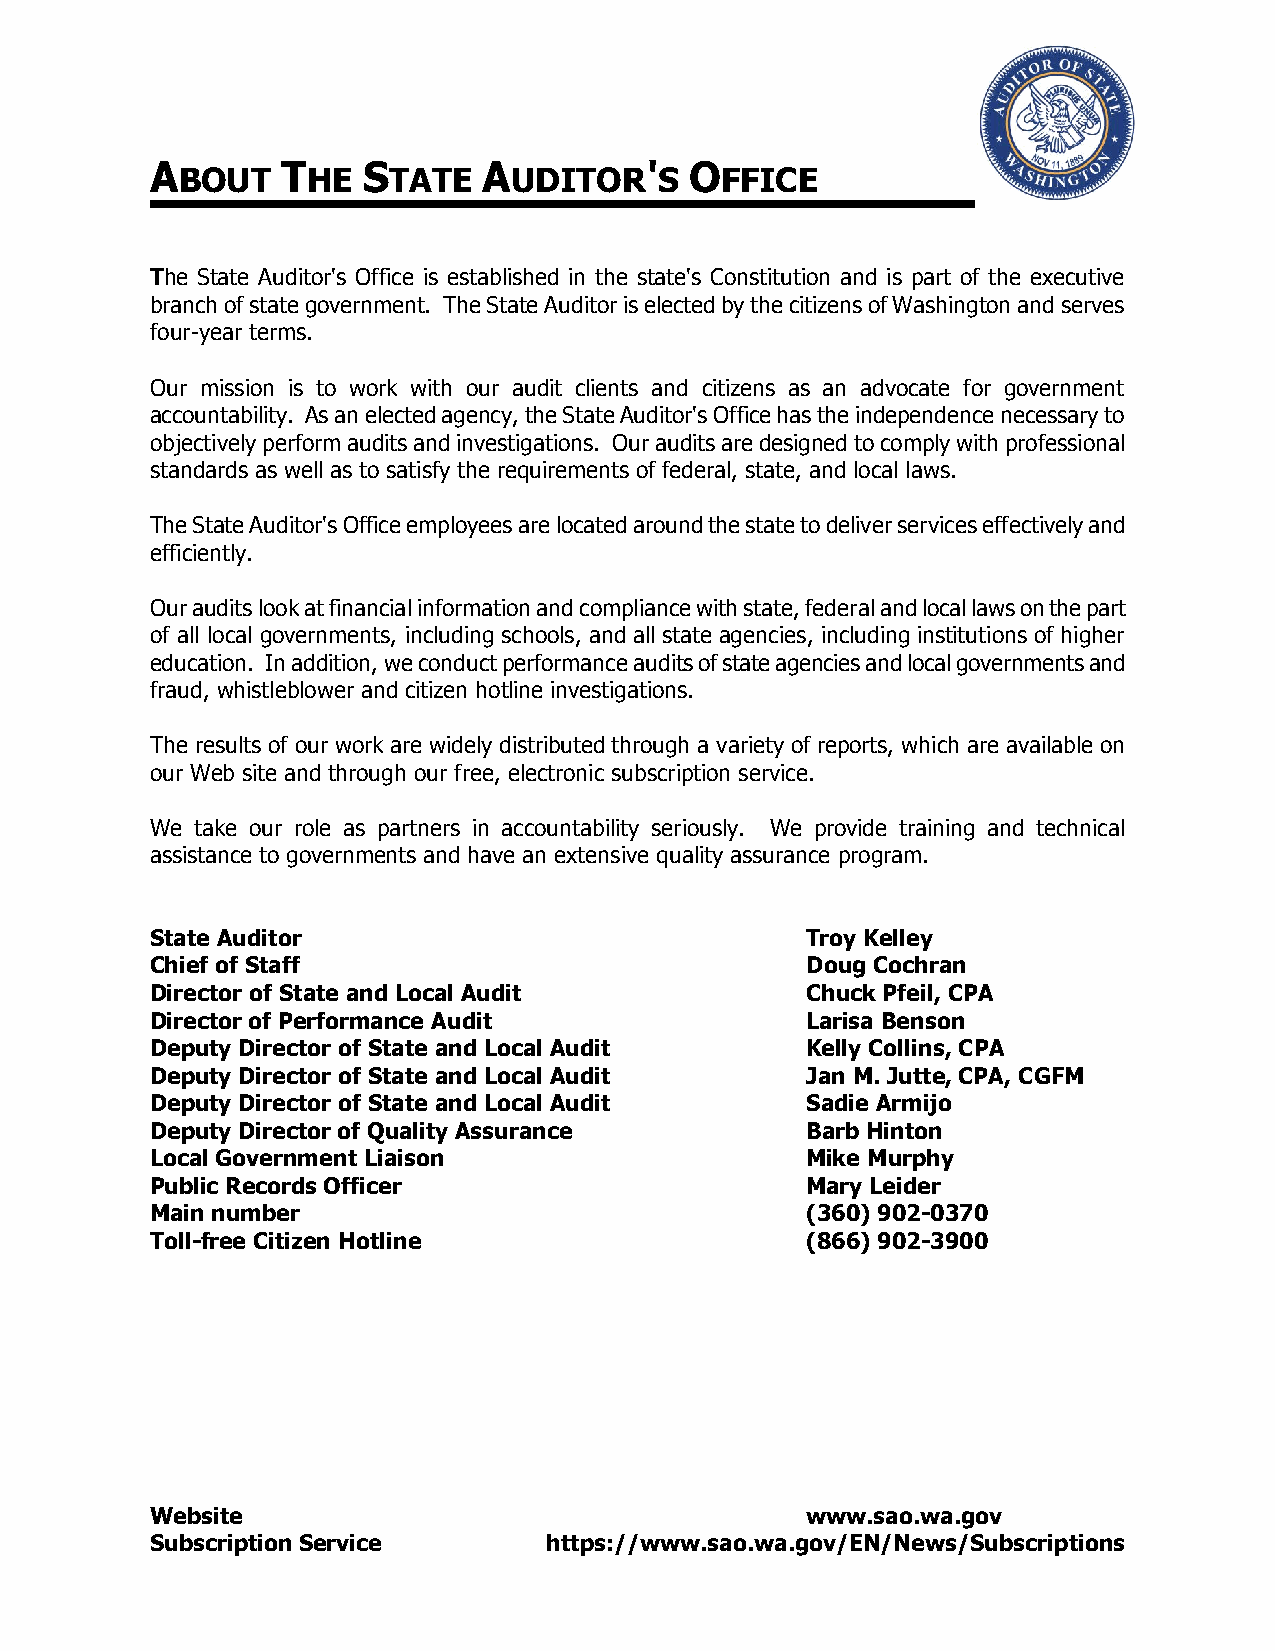
A        T    S       A          '  O
 BOUT    HE    TATE    UDITOR    S   FFICE
 The State Auditor's Office is established in the state's Constitution and is part of the executive
 branch of state government. The State Auditor is elected by the citizens of Washington and serves
 four-year terms.
 Our mission is to work with our audit clients and citizens as an advocate for government
 accountability. As an elected agency, the State Auditor's Office has the independence necessary to
 objectively perform audits and investigations. Our audits are designed to comply with professional
 standards as well as to satisfy the requirements of federal, state, and local laws.
 The State Auditor's Office employees are located around the state to deliver services effectively and
 efficiently.
 Our audits look at financial information and compliance with state, federal and local laws on the part
 of all local governments, including schools, and all state agencies, including institutions of higher
 education. In addition, we conduct performance audits of state agencies and local governments and
 fraud, whistleblower and citizen hotline investigations.
 The results of our work are widely distributed through a variety of reports, which are available on
 our Web site and through our free, electronic subscription service.
 We take our role as partners in accountability seriously. We provide training and technical
 assistance to governments and have an extensive quality assurance program.
 State Auditor                              Troy Kelley
 Chief of Staff                             Doug Cochran
 Director of State and Local Audit          Chuck Pfeil, CPA
 Director of Performance Audit              Larisa Benson
 Deputy Director of State and Local Audit   Kelly Collins, CPA
 Deputy Director of State and Local Audit   Jan M. Jutte, CPA, CGFM
 Deputy Director of State and Local Audit   Sadie Armijo
 Deputy Director of Quality Assurance       Barb Hinton
 Local Government Liaison                   Mike Murphy
 Public Records Officer                     Mary Leider
 Main number                                (360) 902-0370
 Toll-free Citizen Hotline                  (866) 902-3900
 Website                                    www.sao.wa.gov
 Subscription Service      https://www.sao.wa.gov/EN/News/Subscriptions